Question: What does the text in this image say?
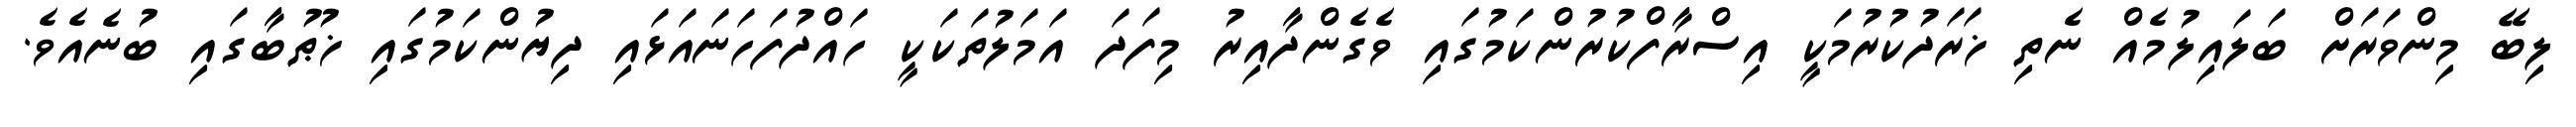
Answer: ލިބޭ މިންވަރަށް ބަލައިލުމެއް ނެތި ޚަރަދުކުރުމަކީ އިސްރާފްކުރުންކަމުގައި ވެގެންދާއިރު މިފަދަ އަމަލުތަކަކީ ހައްދުފަހަނައަޅައި ދިޔުންކަމުގައި ޚުޠުބާގައި ބުނެއެވެ.